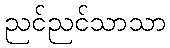
ညင်ညင်သာသာ